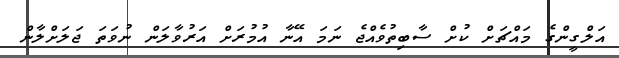
އަލްގީންގެ މައްޗަށް ކުށް ސާބިތުވެއްޖެ ނަމަ އޭނާ އުމުރަށް އަރުވާލަން ނުވަތަ ޖަލަށްލާން